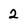
Character: 2